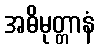
အဓိမုတ္တာနံ